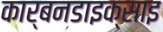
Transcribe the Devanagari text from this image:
कार्बनडाइक्साइ